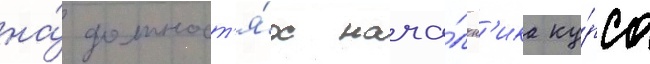
на́ должност'я́х нача́льн'ика ку́рса